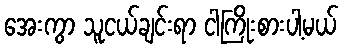
အေးကွာ သူငယ်ချင်းရာ ငါကြိုးစားပါ့မယ်